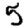
Digit: 5